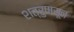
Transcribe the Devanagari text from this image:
शत्रुपासून